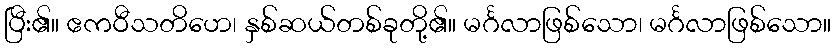
ပြီး၏။ ဧကဝီသတိဟေ၊ နှစ်ဆယ်တစ်ခုတို့၏။ မင်္ဂလာဖြစ်သော၊ မင်္ဂလာဖြစ်သော။